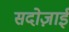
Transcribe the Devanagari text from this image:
सदोज़ाई